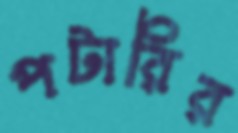
পটারির